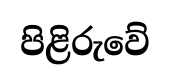
පිළිරුවේ